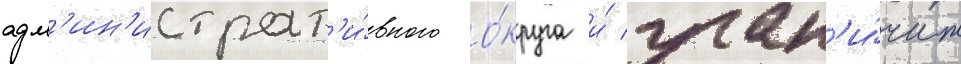
адм'ин'истрат'и́вного о́круга и́ гран'и́чит